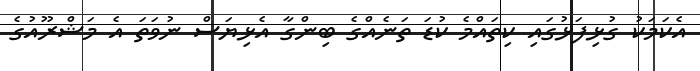
އެކަމަކު ގުޅިފަޅުގައި ކިތައްމެ ކުޑަ ތަނެއްގެ ބިންގާ އެޅިޔަސް ނުވަތަ އެ މަޝްރޫއުގެ